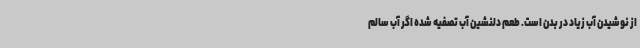
از نوشیدن آب زیاد در بدن است. طعم دلنشین آب تصفیه شده اگر آب سالم